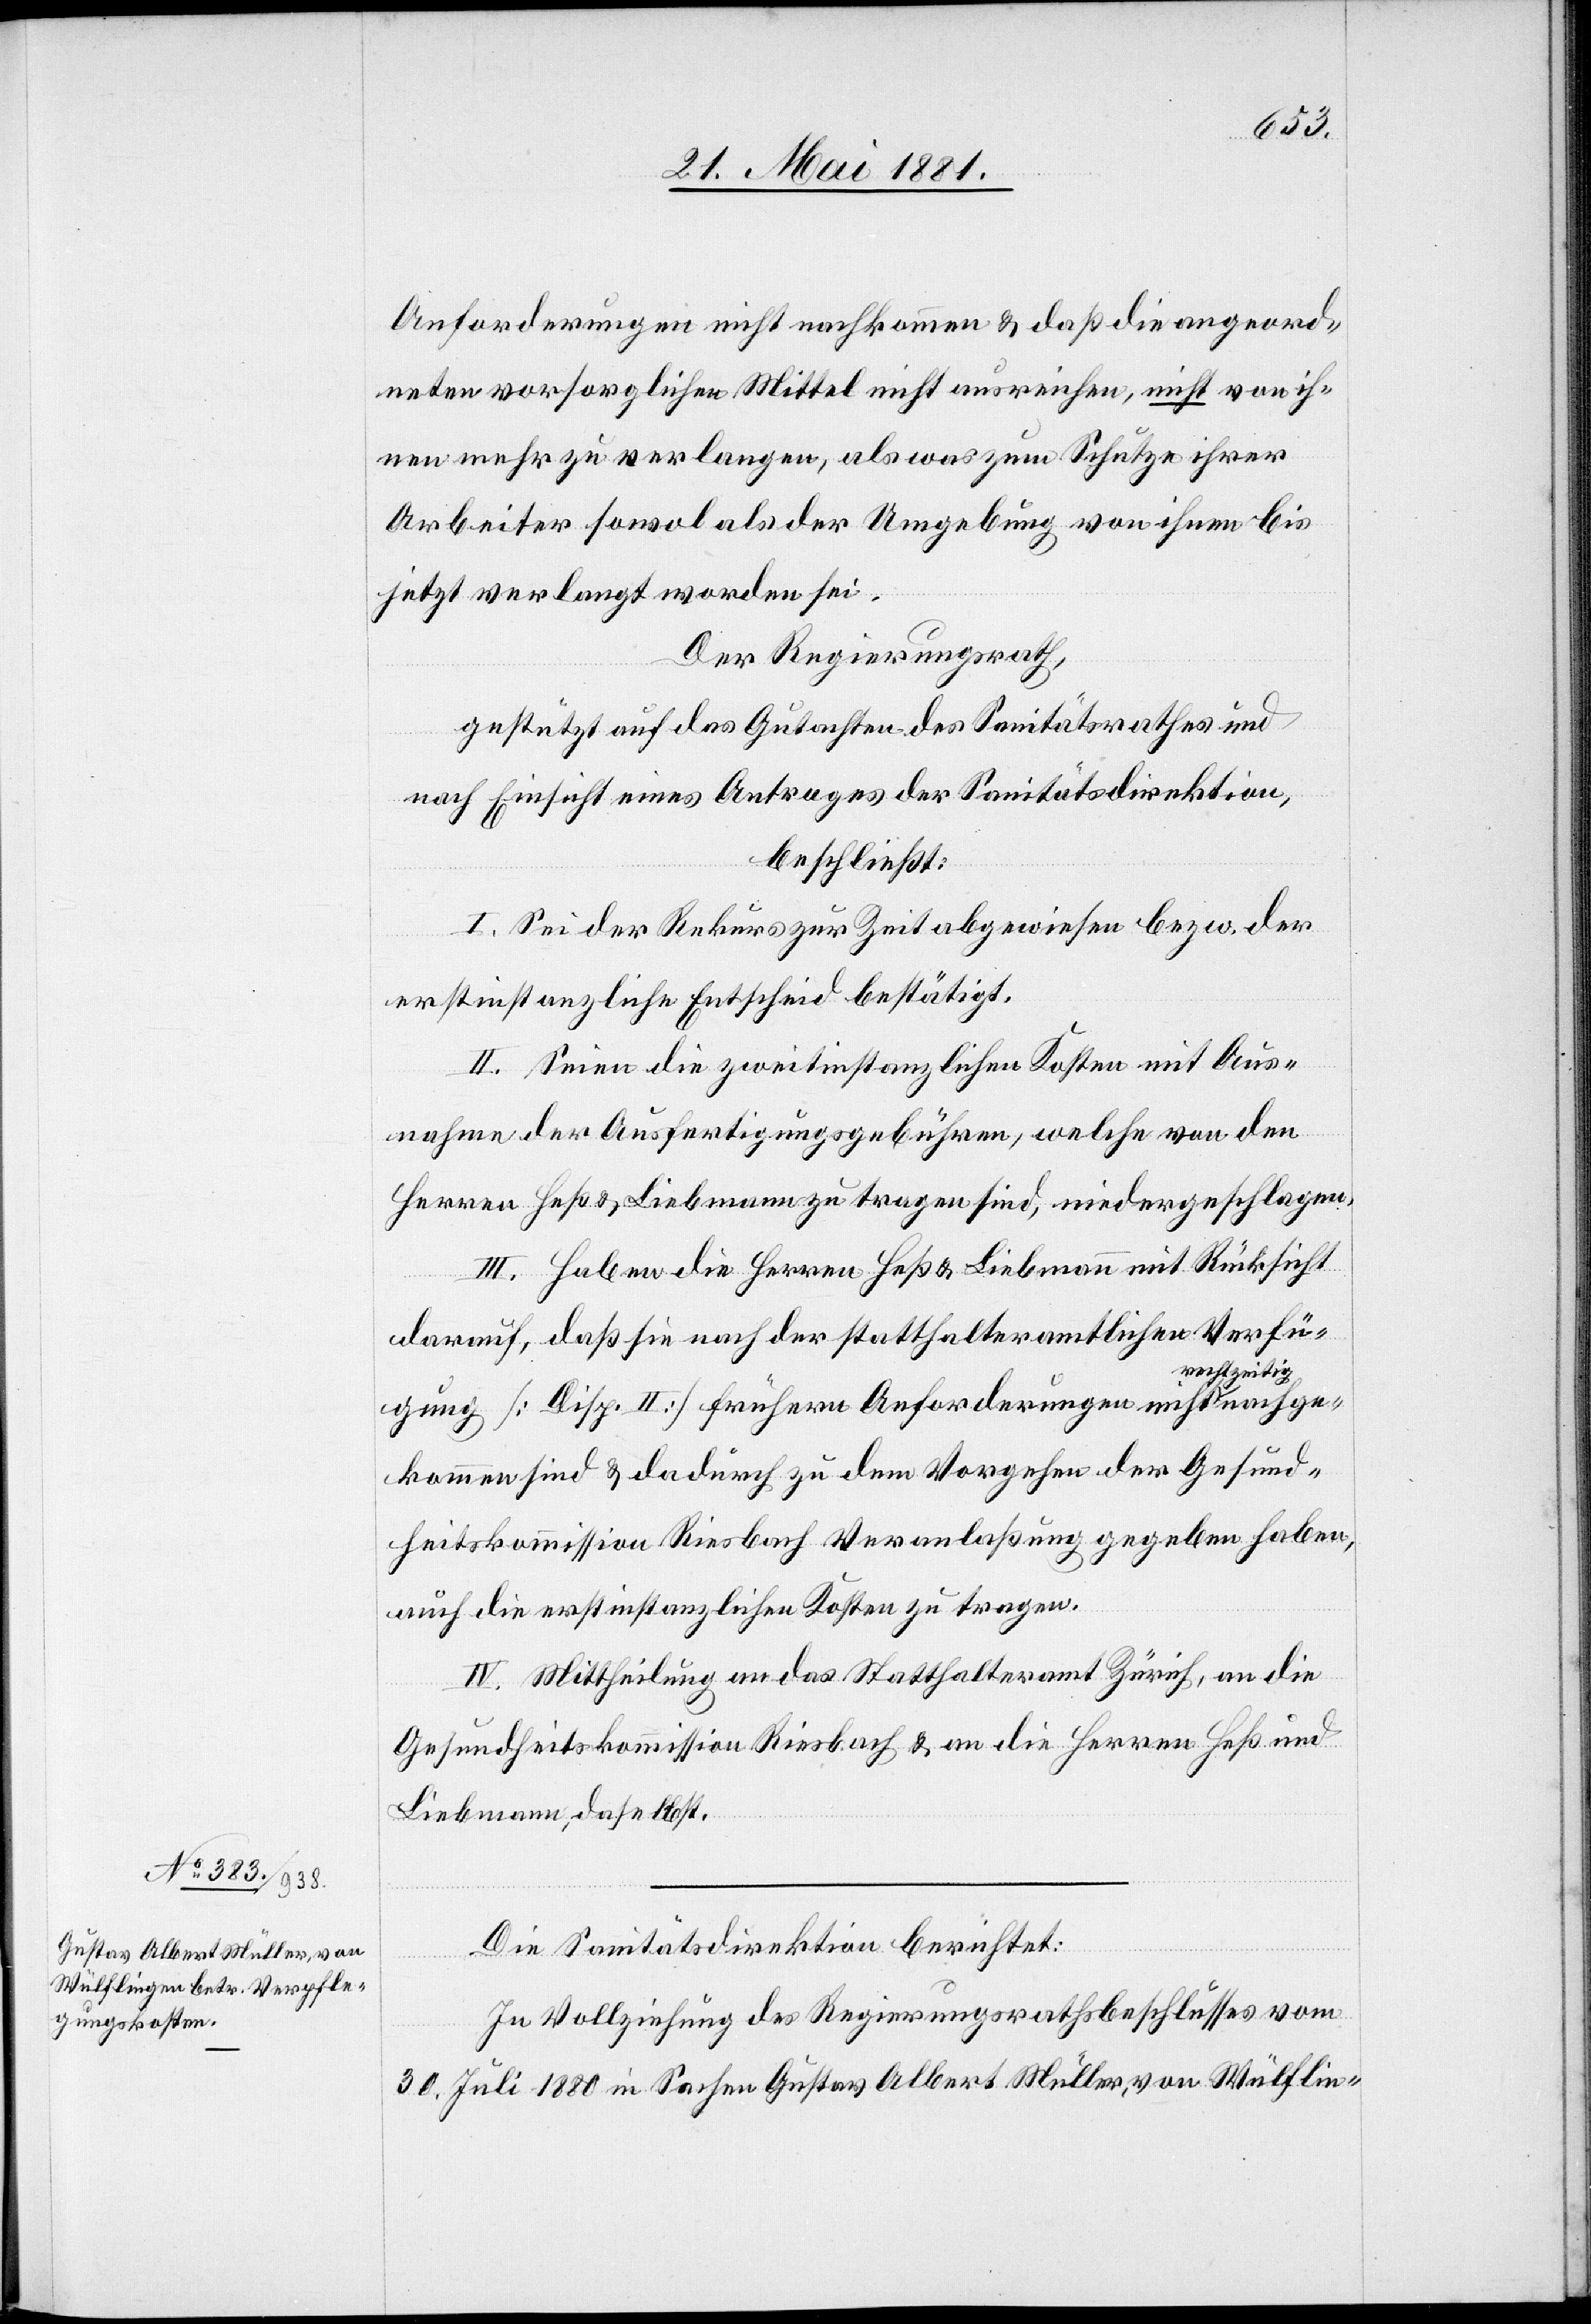
nachge¬
Anforderungen nicht nachkommen & daß die angeord¬
neten vorsorglichen Mittel nicht ausreichen, nicht von ih¬
nen mehr zu verlangen, als was zum Schutze ihrer
Arbeiter sowol als der Umgebung von ihrer bis
jetzt verlangt worden sei.
Der Regierungsrath,
gestützt auf das Gutachten des Sanitätsrathes und
nach Einsicht eines Antrages der Sanitätsdirektion,
beschließt:
I. Sei der Rekurs zur Zeit abgewiesen bezw. der
erstinstanzliche Entscheid bestätigt.
II. Seien die zweitinstanzlichen Kosten mit Aus¬
nahme der Ausfertigungsgebühren, welche von den
Herren Heß & Liebmann zu tragen sind, niedergeschlagen.
III. Haben die Herren Heß & Liebmann mit Rücksicht
darauf, daß sie nach der statthalteramtlichen Verfü¬
rechtzeitig
gung [Disp. II] frühern Anforderungen nicht
kommen sind & dadurch zu dem Vorgehen der Gesund¬
heitskommission Riesbach Veranlaßung gegeben haben,
auch die erstinstanzlichen Kosten zu tragen.
IV. Mittheilung an das Statthalteramt Zürich, an die
Gesundheitskommission Riesbach & an die Herren Heß &
Liebmann, daselbst.
Die Sanitätsdirektion berichtet:
In Vollziehung des Regierungsrathsbeschlusses vom
30. Juli 1880 in Sachen Gustav Albert Müller, von Wülflin-